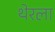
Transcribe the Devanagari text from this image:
थेरला